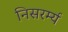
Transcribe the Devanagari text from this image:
निसरर्म्य